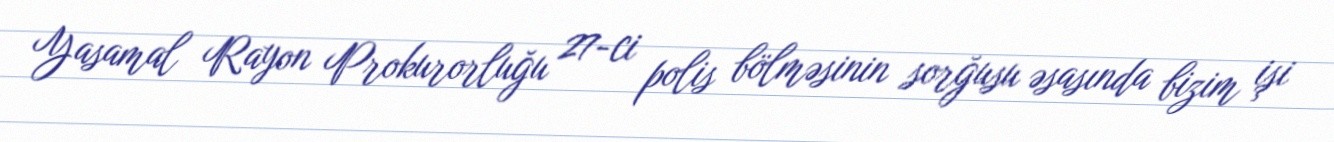
Yasamal Rayon Prokurorluğu 27-ci polis bölməsinin sorğusu əsasında bizim işi